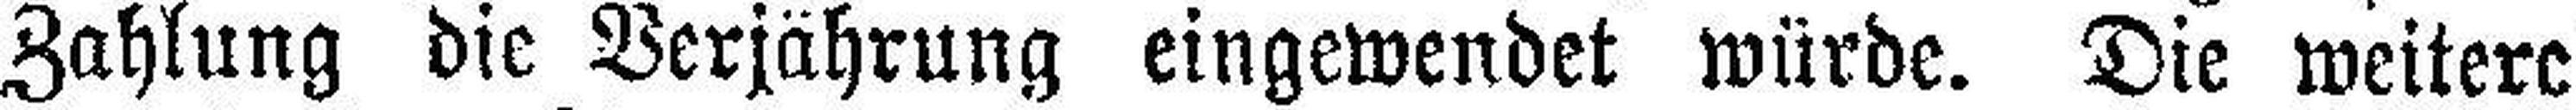
Zahlung die Verjährung eingewendet würde. Die weitere